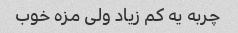
چربه یه کم زیاد ولی مزه خوب